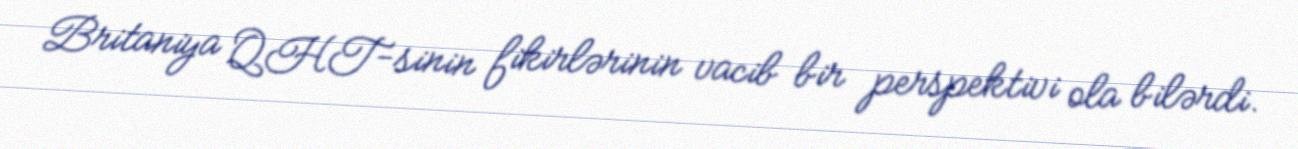
Britaniya QHT-sinin fikirlərinin vacib bir perspektivi ola bilərdi.